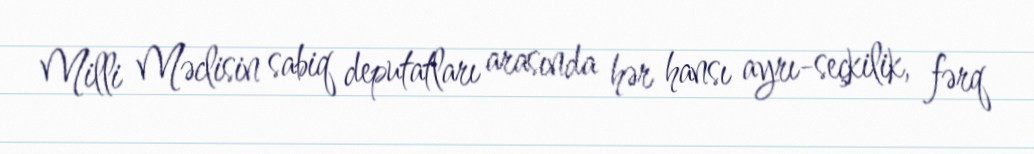
Milli Məclisin sabiq deputatları arasında hər hansı ayrı-seçkilik, fərq